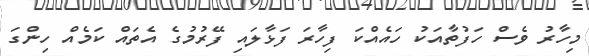
މިހާރު ވެސް ހަފުތާއަކު ހައެއްކަ ފިހާރަ ފަޅާލައި ފޭރުމުގެ އެތައް ކަމެއް ހިންގަ